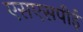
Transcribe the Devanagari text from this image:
एसएसपीई